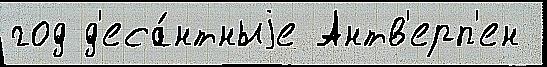
год д'еса́нтныjе Антв'ерп'ен